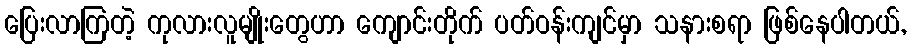
ပြေးလာကြတဲ့ ကုလားလူမျိုးတွေဟာ ကျောင်းတိုက် ပတ်ဝန်းကျင်မှာ သနားစရာ ဖြစ်နေပါတယ်,